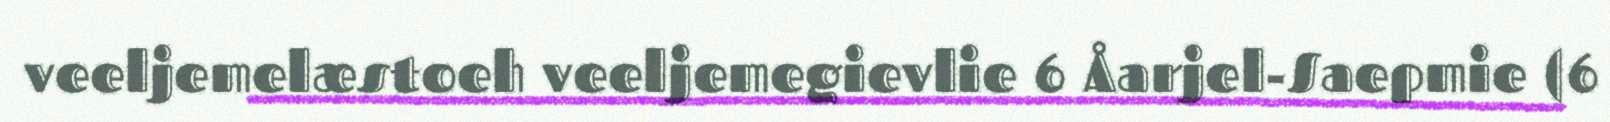
veeljemelæstoeh veeljemegievlie 6 Åarjel-Saepmie (6